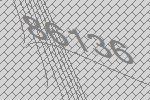
86136